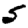
Digit: 5